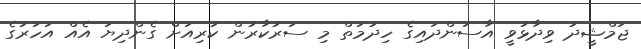
ޖަމްޝީދު ވިދާޅުވީ އާސަންދައިގެ ހިދުމަތް މި ސަރުކާރުން ކުރިއަށް ގެންދިޔަ އެއް އަހަރުގެ